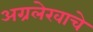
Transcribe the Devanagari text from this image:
अग्रलेखाचे